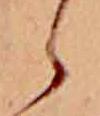
ら